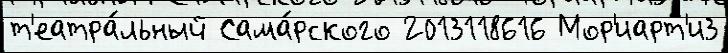
т'еатра́льный Сама́рского 2013118616 Мор'иарт'и3